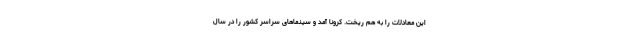
این معادلات را به هم ریخت. کرونا آمد و سینماهای سراسر کشور را در سال